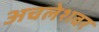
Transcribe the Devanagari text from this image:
अचलेशवर